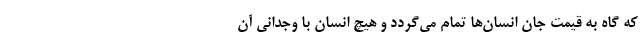
که گاه به قیمت جان انسان‌ها تمام می‌گردد و هیچ انسان با وجدانی آن